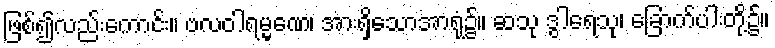
ဖြစ်၍လည်းကောင်း။ ဗလဝါရမ္မဏေ၊ အားရှိသောအာရုံ၌။ ဆသု ဒွါရေသု၊ ခြောက်ပါးတို့၌။